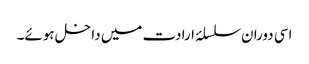
اسی دوران سلسلۂ ارادت میں داخل ہوئے۔